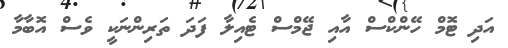
އަދި ޓޮމް ހޭންކްސް އާއި ޖޭމްސް ޓެއިލާ ފަދަ ތަރިންނަކީ ވެސް އޮބާމާ